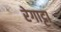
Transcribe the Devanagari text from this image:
रेगाट्टा